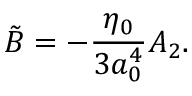
\tilde { B } = - { \frac { \eta _ { 0 } } { 3 a _ { 0 } ^ { 4 } } } A _ { 2 } .